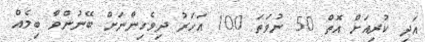
އަދި ކުރިއަށް އޮތް 50 ނުވަތަ 100 އަހަރު ދިވެހިންނަށް ބޭނުންވާ ބިމެއް